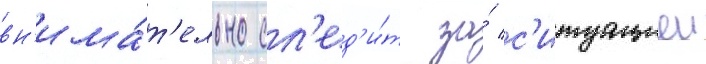
вн'има́т'ельно сл'ед'и́т за́ с'итуациеи